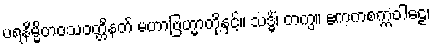
ပရနိမ္မိတဝသဝတ္တိနတ် မဟာဗြဟ္မာတို့နှင့်။ သဒ္ဓိံ၊ တကွ။ ဧကကစက္ကဝါဠေ၊